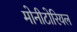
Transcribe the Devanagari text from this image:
मोनीटोरियल